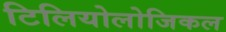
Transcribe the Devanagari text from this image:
टिलियोलोजिकल